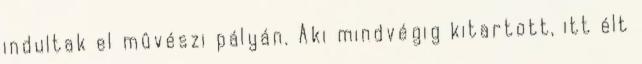
indultak el mûvészi pályán. Aki mindvégig kitartott, itt élt